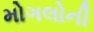
મોગલોની